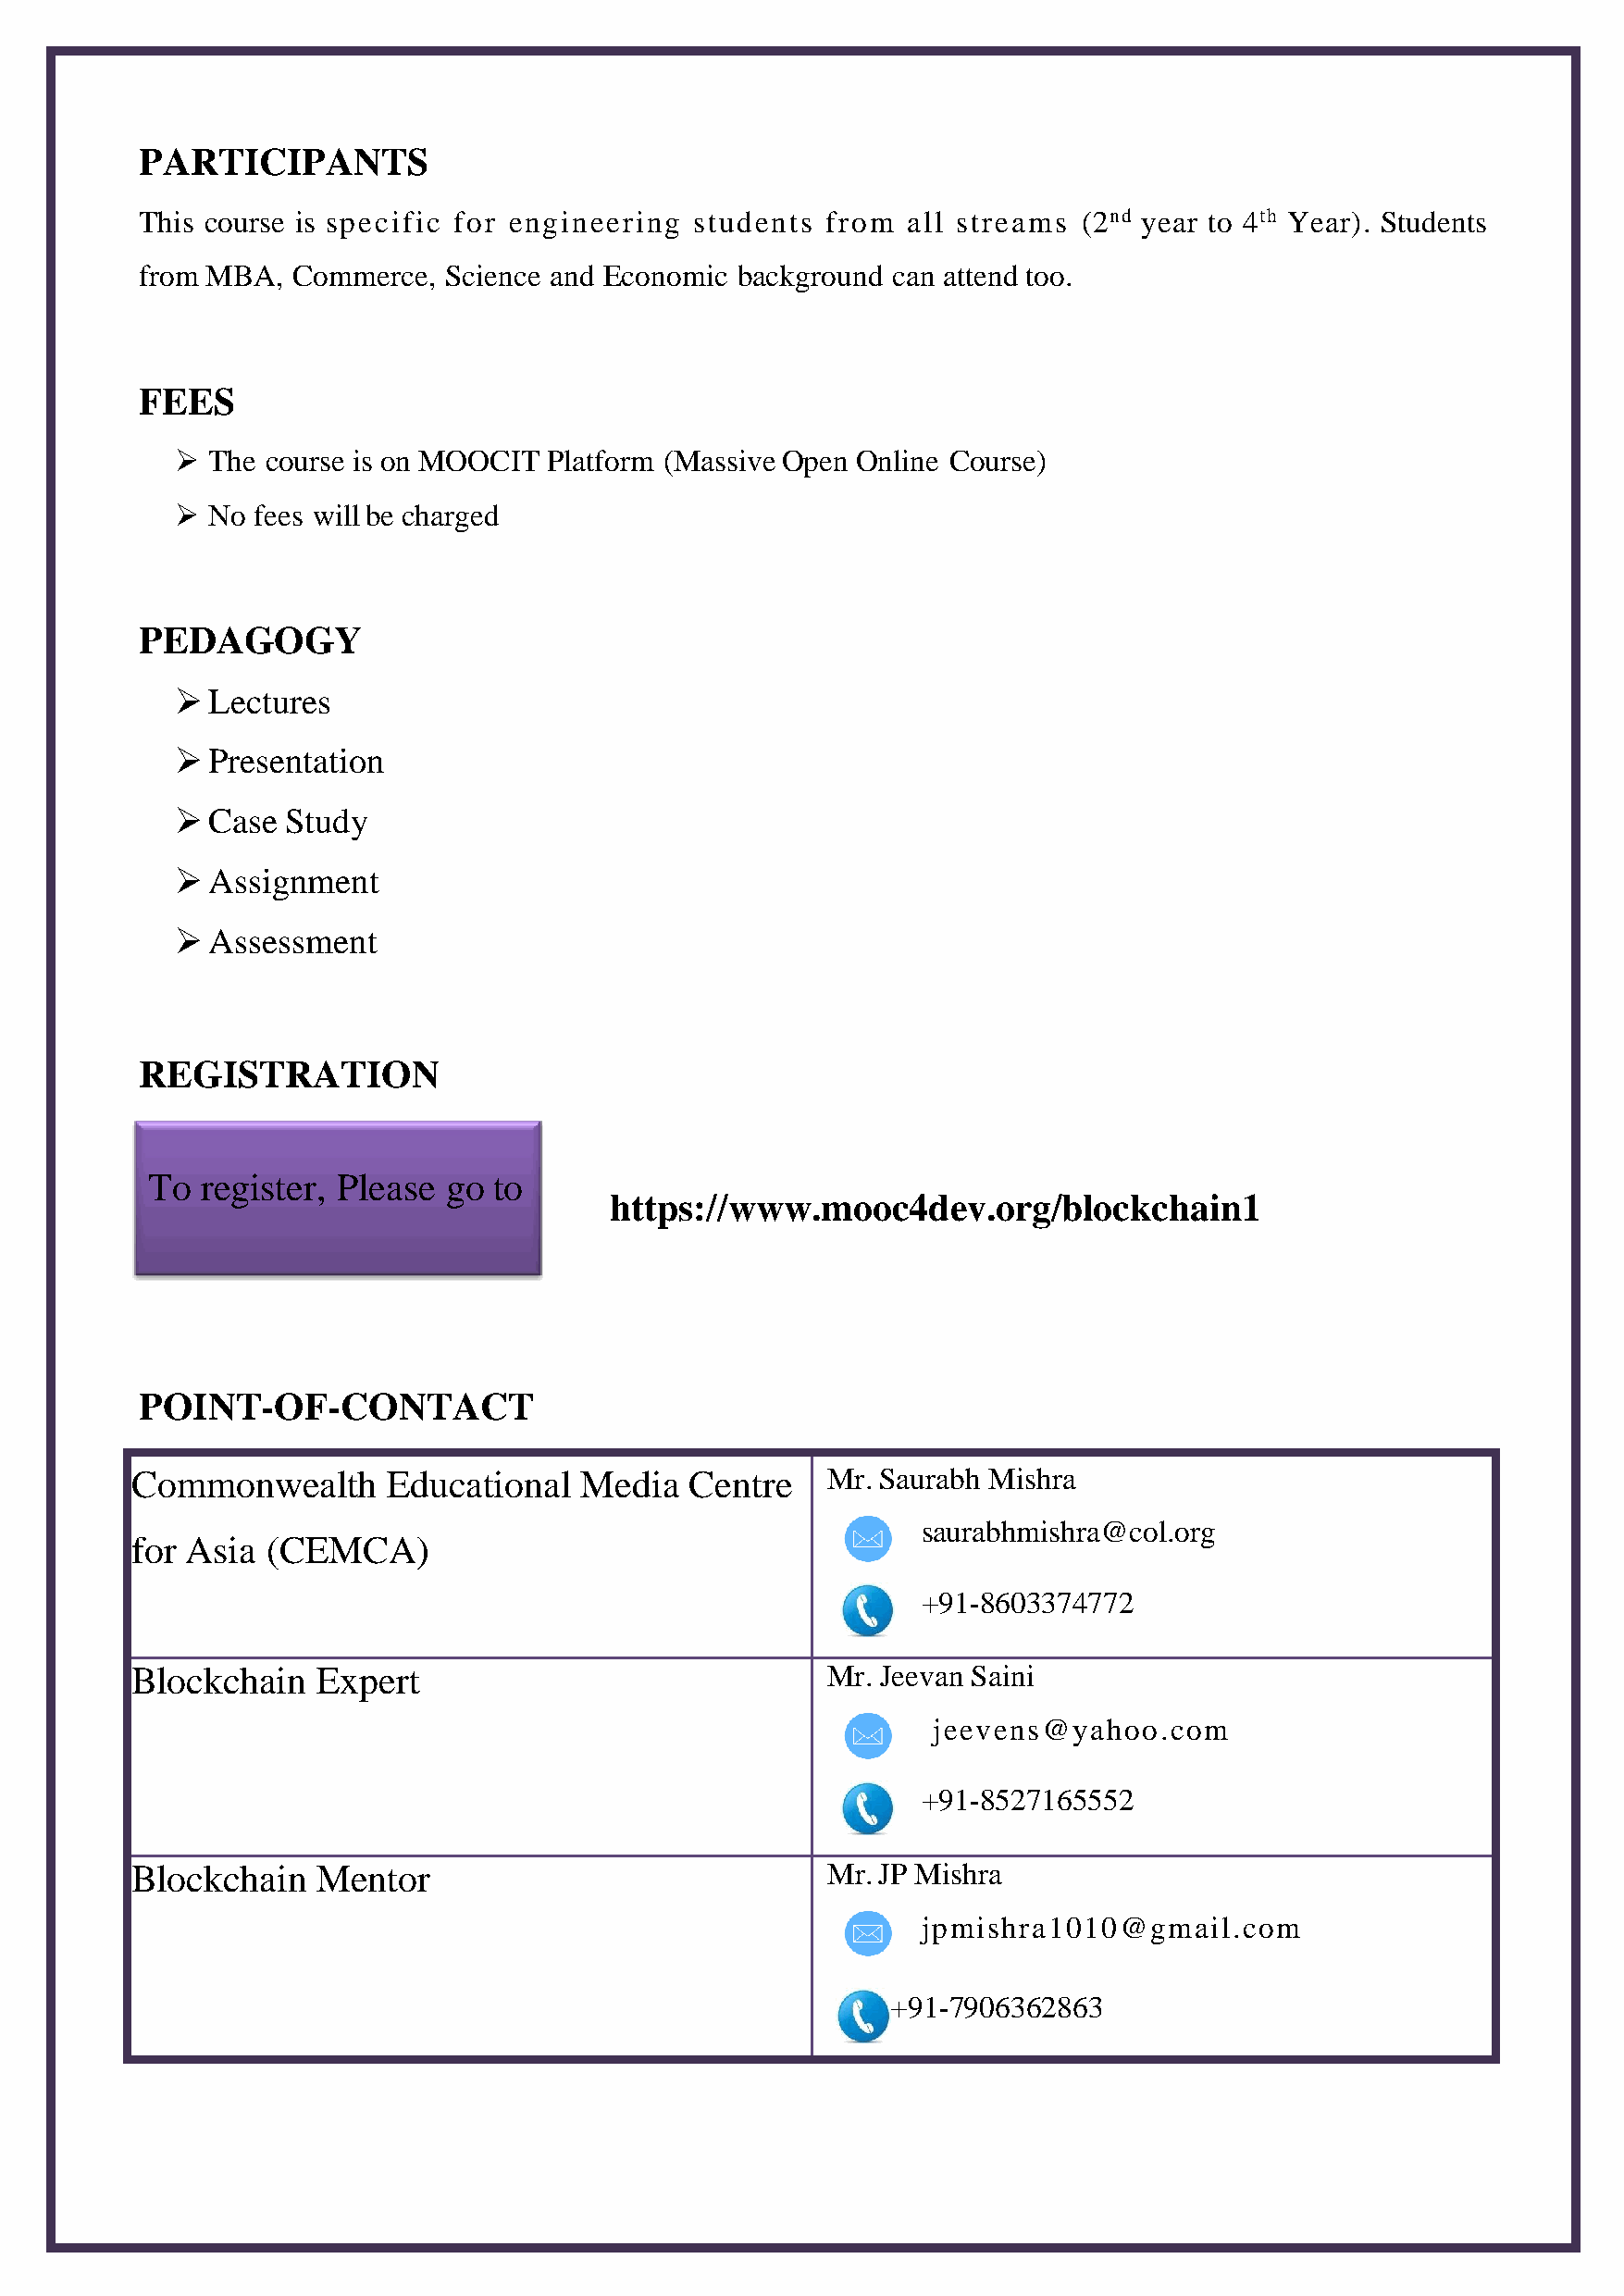
PARTICIPANTS
 This course is specific for engineering students from  all streams (2nd year to 4th Year). Students
 from MBA,  Commerce,  Science and Economic background can attend too.
 FEES
 ➢  The course is on MOOCIT Platform (Massive Open Online Course)
 ➢  No fees will be charged
 PEDAGOGY
 ➢  Lectures
 ➢  Presentation
 ➢  Case Study
 ➢  Assignment
 ➢  Assessment
 REGISTRATION
 To register, Please  go to
 https://www.mooc4dev.org/blockchain1
 POINT-OF-CONTACT
 Commonwealth       Educational   Media  Centre    Mr. Saurabh Mishra
 saurabhmishra@col.org
 for Asia  (CEMCA)
 +91-8603374772
 Blockchain    Expert                              Mr. Je evan Saini
 jeevens@yahoo.com
 +91-8527165552
 Blockchain    Mentor                              Mr. JP Mishra
 jpmishra1010@gmail.com
 +91-7906362863